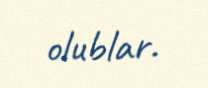
olublar.